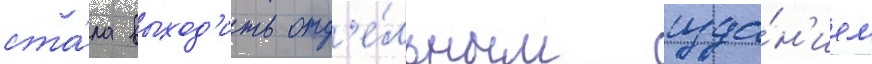
ста́ла выход'ить отд'е́льным изда́н'ием